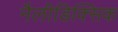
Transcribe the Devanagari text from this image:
नैलीडिक्सिक